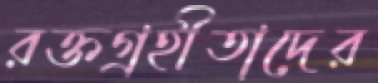
রক্তগ্রহীতাদের